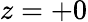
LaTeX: z=+0